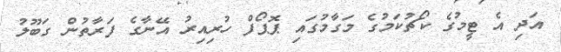
އަދި އެ ޓީމުގެ ކޯޗުކަމުގެ މަގާމުގައި ޕޮޕޯފް ހުރިއިރު އޭނާގެ ފަރާތުން ގަބޫލު